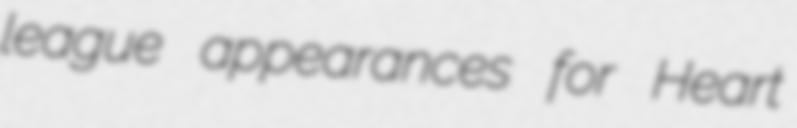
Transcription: league appearances for Heart